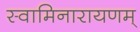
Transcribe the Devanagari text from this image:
स्वामिनारायणम्